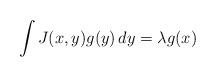
LaTeX: \begin{align*}\int J(x,y) g(y)\, dy = \lambda g(x)\end{align*}